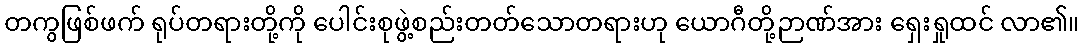
တကွဖြစ်ဖက် ရုပ်တရားတို့ကို ပေါင်းစုဖွဲ့စည်းတတ်သောတရားဟု ယောဂီတို့ဉာဏ်အား ရှေးရှုထင် လာ၏။